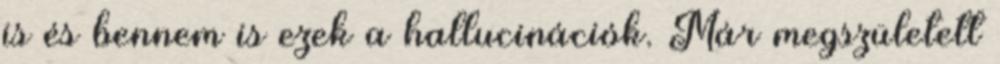
is és bennem is ezek a hallucinációk. Már megszületett